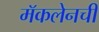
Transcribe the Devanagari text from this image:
मॅकलेनची